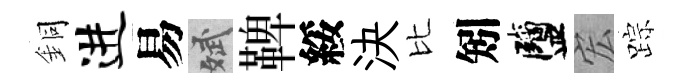
銅进易斌鞞綏決比矧鹽宏踪